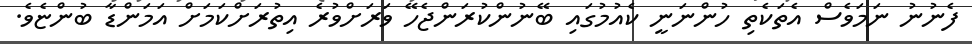
ފެނުނު ނަމަވެސް އެތަކެތި ހުންނަނީ ކެއުމުގައި ބޭނުންކުރަންޖެހޭ ވަރަށްވުރެ އިތުރަށްކަމަށް އަމަންޑާ ބުންޏެވެ.